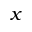
x